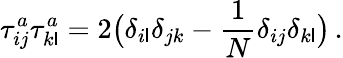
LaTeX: \tau_{ij}^{a}\tau_{k\mathsf{l}}^{a}=2\big(\delta_{i\mathsf{l}}\delta_{jk}-\frac{{1}}{{N}}\delta_{ij}\delta_{k\mathsf{l}}\big)\, .